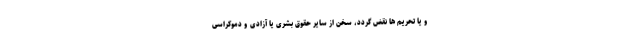
و یا تحریم ها نقض گردد، سخن از سایر حقوق بشری یا آزادی و دموکراسی